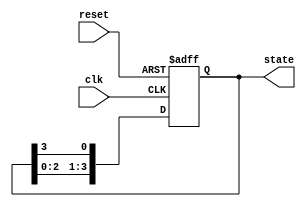
module ring_counter (
    input wire clk,            // Clock signal
    input wire reset,          // Asynchronous reset signal
    output reg [3:0] state     // 4-bit output representing the state of the ring counter
);

// Initial state
initial begin
    state = 4'b0001; // Start with the first flip-flop set to '1'
end

// Synchronous process
always @(posedge clk or posedge reset) begin
    if (reset) begin
        state <= 4'b0001; // Reset state: only the first bit is '1'
    end else begin
        // Shift the '1' to the left, wrapping around
        state <= {state[2:0], state[3]}; // Move the '1' to the next position
    end
end

endmodule